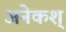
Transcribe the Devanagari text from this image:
अनेकश्